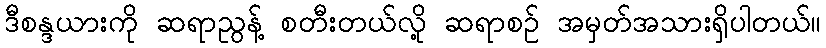
ဒီစန္ဒယားကို ဆရာညွန့် စတီးတယ်လို့ ဆရာစဉ် အမှတ်အသားရှိပါတယ်။